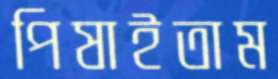
পিষাইতাম